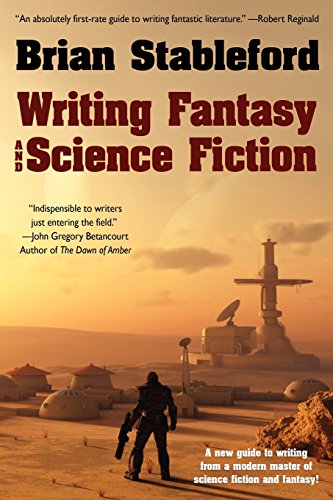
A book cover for Writing Fantasy and Science Fiction; Brian Stableford; Science Fiction & Fantasy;